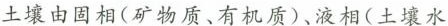
土壤由固相(矿物质、有机质)、液相(土壤水